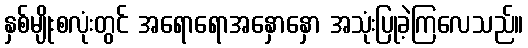
နှစ်မျိုးစလုံးတွင် အရောရောအနှောနှော အသုံးပြုခဲ့ကြလေသည်။